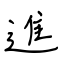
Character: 進